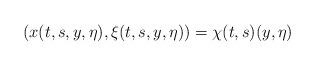
LaTeX: \begin{align*}(x(t,s,y,\eta),\xi(t,s,y,\eta))=\chi(t,s)(y,\eta)\end{align*}